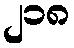
၂၁၈